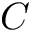
C